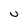
Character: U